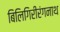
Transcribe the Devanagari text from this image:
बिलिगिरीरंगनाथ